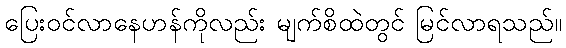
ပြေးဝင်လာနေဟန်ကိုလည်း မျက်စိထဲတွင် မြင်လာရသည်။